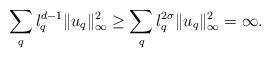
LaTeX: \begin{align*}\sum_{q} \l_q^{d-1}\|u_q\|_\infty^2 \geq \sum_{q} \l_q^{2\sigma}\|u_q\|_\infty^2 =\infty.\end{align*}